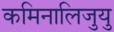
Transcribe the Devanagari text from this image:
कमिनालिजुयु